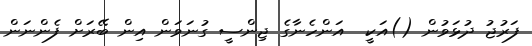
ފަރުޖު ދުޅަވުން ()އަކީ  އަންހެނާގެ ޖިންސީ ގުނަވަން އިން ބޭރަށް ފެންނަން